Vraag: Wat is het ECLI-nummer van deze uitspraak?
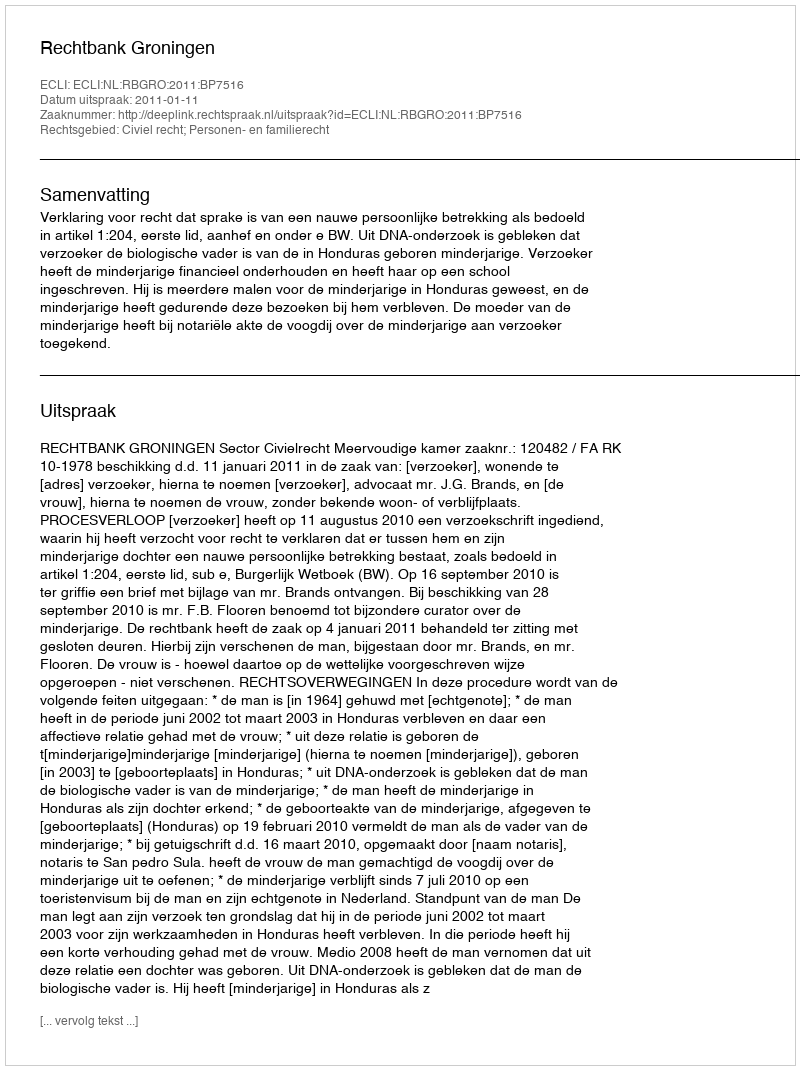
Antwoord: ECLI:NL:RBGRO:2011:BP7516